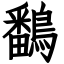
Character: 鷭